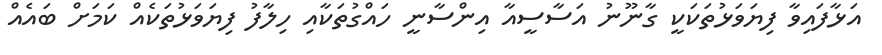
އަޅާފައިވާ ފިޔަވަޅުތަކަކީ ގާނޫނު އަސާސީއާ އިންސާނީ ހައްގުތަކާއި ހިލާފު ފިޔަވަޅުތަކެއް ކަަމަށް ބައެއް